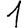
Digit: 1